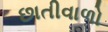
છાતીવાળો